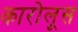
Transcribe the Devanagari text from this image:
कारोलूस